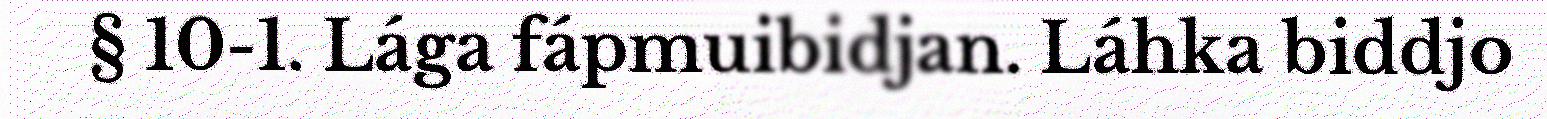
§ 10-1. Lága fápmuibidjan. Láhka biddjo